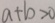
a + b > 0